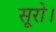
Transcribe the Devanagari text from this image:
सूरो।